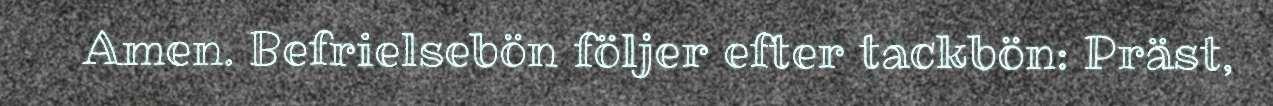
Amen. Befrielsebön följer efter tackbön: Präst,